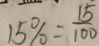
1 5 \% = \frac { 1 5 } { 1 0 0 }